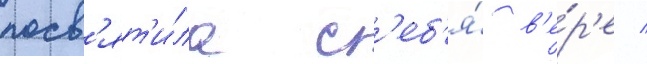
посв'ят'и́ла с'еб'я́ в'е́р'е /